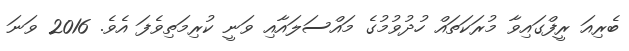
ބެރިއަ ރީފްގައިވާ މުރަކަތައް ހުދުވުމުގެ މައްސަލައާއި ވަނީ ކުރިމަތިވެފަ އެވެ. 2016 ވަނަ